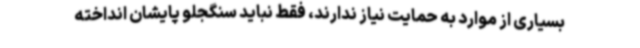
بسیاری از موارد به حمایت نیاز ندارند، فقط نباید سنگجلو پایشان انداخته